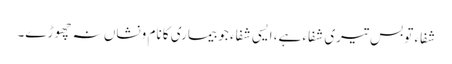
شفاء تو بس تیری شفاء ہے، ایسی شفاء جو بیماری کا نام ونشاں نہ چھوڑے۔